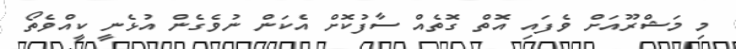
މި މަޝްރޫއަށް ވެފައި އޮތް ގޮތެއް ސާފުކޮށް އެކަން ނުވެގެން އުޅެނީ ކީއްވެތޯ